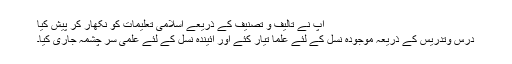
آپ نے تالیف و تصنیف کے ذریعے اسلامی تعلیمات کو نکھار کر پیش کیا
درس وتدریس کے ذریعہ موجودہ نسل کے لئے علمأ تیار کئے اور آئیندہ نسل کے لئے علمی سر چشمہ جاری کیا۔